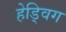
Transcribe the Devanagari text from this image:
हेड्विग